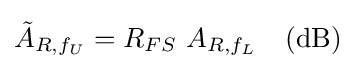
{\tilde {A}}_{R,f_{U}}=R_{FS}\ A_{R,f_{L}}\quad {\textrm {(dB)}}